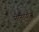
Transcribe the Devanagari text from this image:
मीनोपॉज